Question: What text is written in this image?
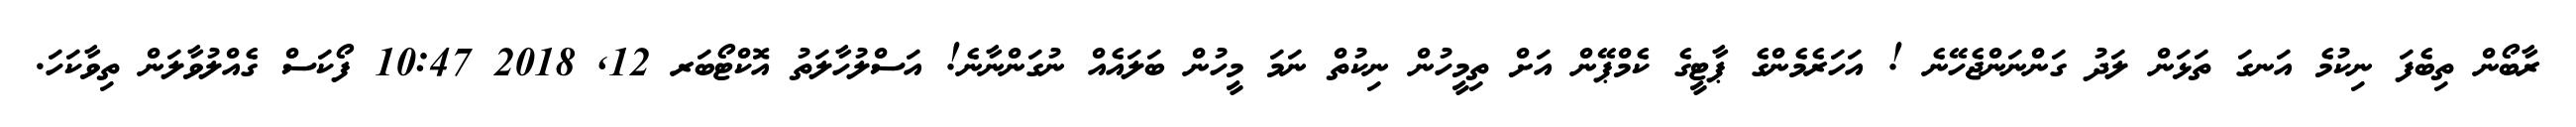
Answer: ރާބޯން ތިބެފަ ނިކުމެ އަނގަ ތަޅަން ލަދު ގަންނަންޖެހޭނެ ! އަހަރެމެންގެ ޕާޓީގެ ކެމްޕޭން އަށް ތިމީހުން ނިކުތް ނަމަ މީހުން ބަލައެއް ނުގަންނާނެ! އަސްލުހާލަތު އޮކްޓޯބަރ 12, 2018 10:47 ފޯކަސް ގެއްލުވާލަން ތިވާކަހަ.